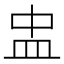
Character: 盅